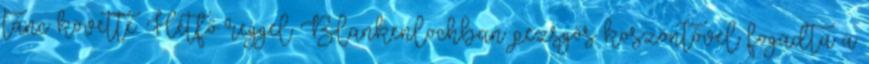
tánc követte. Hétfő reggel Blankenlochban pezsgős köszöntővel fogadta a